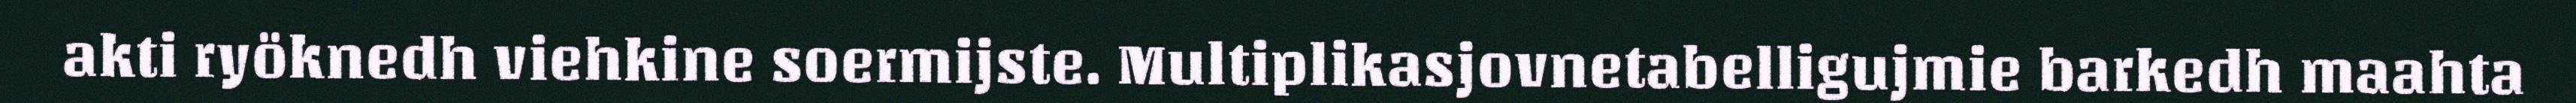
akti ryöknedh viehkine soermijste. Multiplikasjovnetabelligujmie barkedh maahta